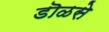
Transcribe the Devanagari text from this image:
डॊळसे